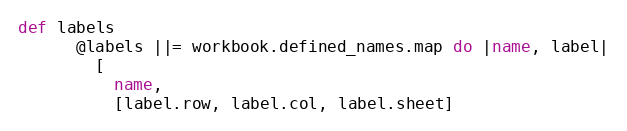
Language: Ruby
def labels
      @labels ||= workbook.defined_names.map do |name, label|
        [
          name,
          [label.row, label.col, label.sheet]